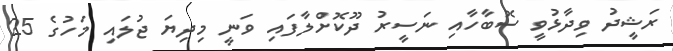
ރަޝީދު ވިދާޅުވީ ސޮބާހާއި ނަސީރު ދޫކޮށްލާފައި ވަނީ މިދިޔަ ޖުލައި މަހުގެ 25